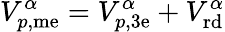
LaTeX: V_{p,\mathrm{me}}^{\alpha}=V_{p,\mathrm{3e}}^{\alpha}+V_{\mathrm{rd}}^{\alpha}